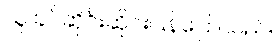
သူ ခပ်ဆိုင်းဆိုင်းပြန်ပြောသည်။